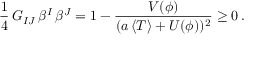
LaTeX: { \frac { 1 } { 4 } } \, G _ { I J } \, \beta ^ { I } \, \beta ^ { J } = 1 - { \frac { V ( \phi ) } { ( a \, \langle T \rangle + U ( \phi ) ) ^ { 2 } } } \geq 0 \, .